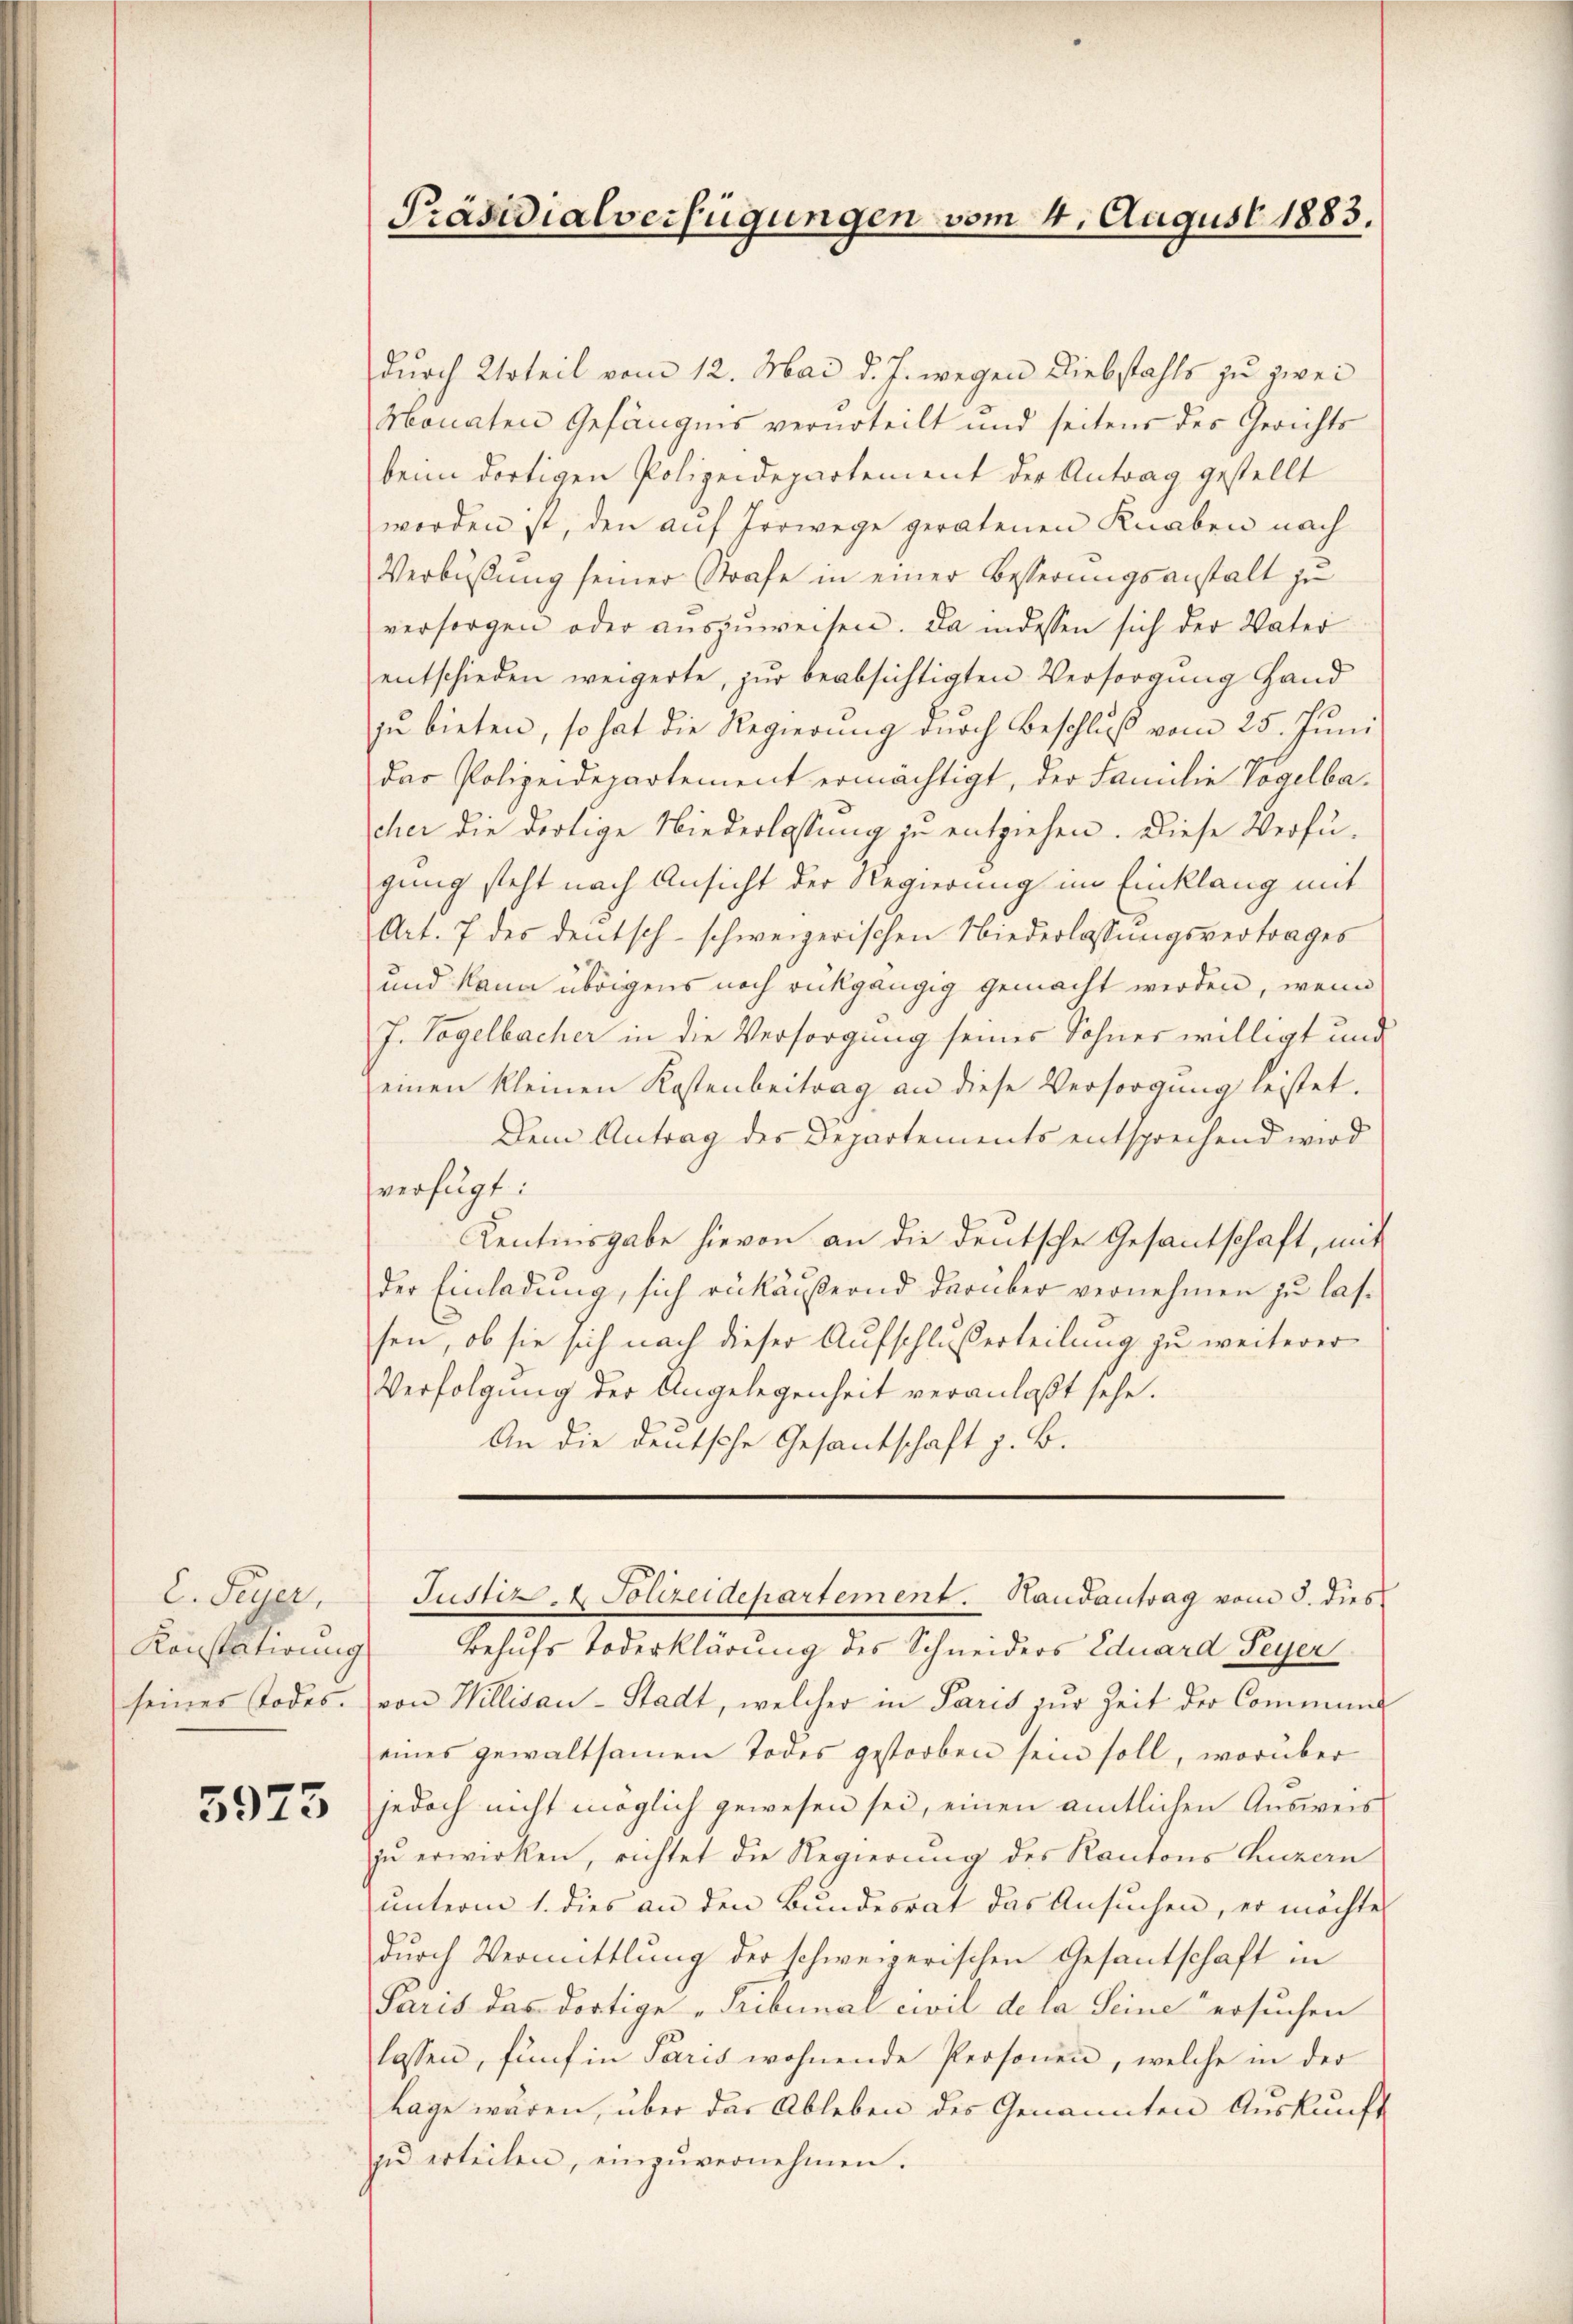
C. Feuer,
Konstatirung
seines Todes.

3975

Präsidialverfügungen vom 4. August 1883.

durch Urteil vom 12. Mai d. J. wegen Diebstahls zu zwei
Monaten Gefängnis verurteilt und seitens des Gerichts
beim dortigen Polizeidepartement der Antrag gestellt
worden ist, den auf Irrwege geratenen Knaben nach
Verbüßung seiner Strafe in einer Besserungsanstalt zu
versorgen oder aŭszŭweisen. Da indessen sich der Vater
entschieden weigerte, zŭr beabsichtigten Versorgŭng Hand
zŭ bieten, so hat die Regierung durch Beschluß vom 25. Juni
das Polizeidepartement ermächtigt, der Familie Vogelbacher die dortige Niederlassung zu entziehen. Diese Verfügung steht nach Ansicht der Regierung im Einklang mit
Art. 7 des deutsch-schweizerischen Niederlassungsvertrages
und kann übrigens noch rückgängig gemacht werden, wenn
J. Tagelbacher in die Versorgung seines Sohner willigt und
einen kleinen Kostenbeitrag an diese Versorgŭng leistet.
Dem Antrag des Departements entsprechend wird
verfügt:
Kentinsgabe hievon an die deutsche Gesantschaft, mit
der Einladung, sich rükäußernd darüber vernehmen zu lassen, ob sie sich nach dieser Aufschlußerteilung zu weiterer
Verfolgung der Angelegenheit veranlaßt sehe.
An die deutsche Gesantschaft z. B.
Justiz- & Polizeidepartement. Handantrag vom 5. dies
Behufs Todesklärung des Schneiders Eduard Feyer
von Willisau-Stadt, welcher in Paris zur Zeit der Commun
eines gewaltsamen Todes gestorben sein soll, worüber
jedoch nicht möglich gewesen sei, einen amtlichen Ausweis
zu erwirken, richtet die Regierung des Kantons Luzern
unterm 1. dies an den Bundesrat das Ansuchen, er möchte
durch Vermittlung der schweizerischen Gesantschaft in
Paris des dortige „Tribunal civil de la Seine ersuchen
lassen, fünf in Paris wohnende Personen, welche in der
lage wären, über das Ableben des Genannten Auskunft
zŭ erteilen, einzŭvernehmen.